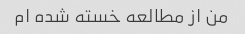
من از مطالعه خسته شده ام